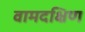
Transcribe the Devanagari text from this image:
वामदक्षिण